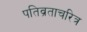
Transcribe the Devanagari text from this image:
पतिव्रताचरित्र